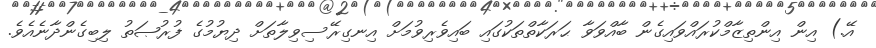
އޭ.) އިން އިންތިޒާމްކުރައްވައިގެން ބާއްވަވާ ޙަރަކާތްތަކުގައި ބައިވެރިވުމަށް އިނގިރޭސިވިލާތަށް ދިޔުމުގެ ފުރުޞަތު ލިބިގެންދާނެއެވެ.